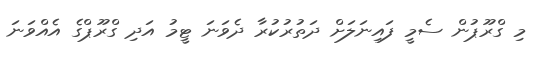
މި ގްރޫޕުން ސެމީ ފައިނަލަށް ދަތުރުކުރާ ދެވަނަ ޓީމު އަދި ގްރޫޕްގެ އެއްވަނަ